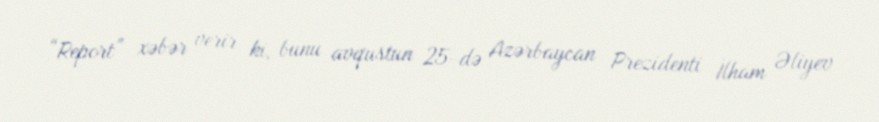
“Report” xəbər verir ki, bunu avqustun 25-də Azərbaycan Prezidenti İlham Əliyev